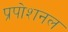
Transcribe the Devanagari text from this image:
प्रपोशनल